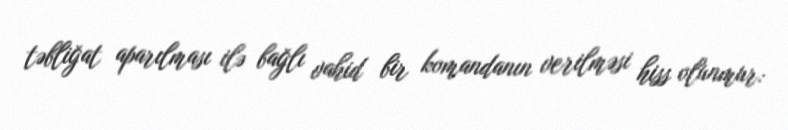
təbliğat aparılması ilə bağlı vahid bir komandanın verilməsi hiss olunmur: